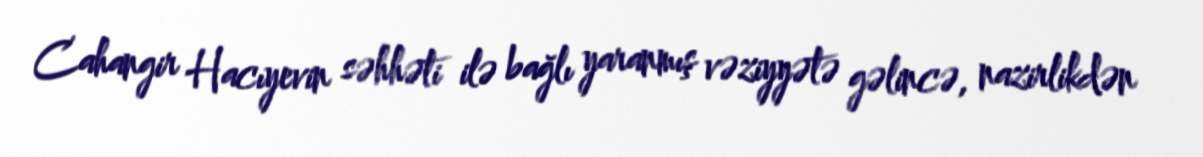
Cahangir Hacıyevin səhhəti ilə bağlı yaranmış vəziyyətə gəlincə, nazirlikdən